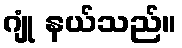
ဂျုံ နယ်သည်။